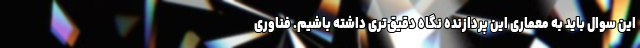
این سوال باید به معماری این پردازنده نگاه دقیق‌تری داشته باشیم. فناوری